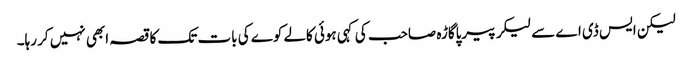
لیکن ایس ڈی اے سے لیکر پیرپاگاڑہ صاحب کی کہی ہوئی کالے کوے کی بات تک کا قصہ ابھی نہیں کر رہا۔